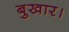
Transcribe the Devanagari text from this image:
बुखार।